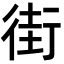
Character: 街